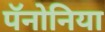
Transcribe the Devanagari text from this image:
पॅनोनिया